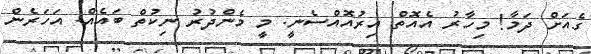
ގެއަށް ދަމާ! މިހާރު އެއޮތް އިރުއޮއްސެނީ. މީ މެންދުރު ނިކުތް ބައެއް. އަހަރެން